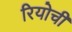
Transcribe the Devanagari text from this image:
रियोची